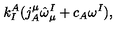
k _ { I } ^ { A } ( j _ { A } ^ { \mu } \hat { \omega } _ { \mu } ^ { I } + c _ { A } \omega ^ { I } ) ,